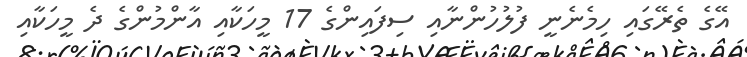
އޭގެ ތެރޭގައި ހިމެނެނީ ފުލުހުންނާއި ސިފައިންގެ 17 މީހަކާއި އާންމުންގެ ދެ މީހަކާއި